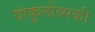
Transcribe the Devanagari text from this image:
यांकुलोव्सकी